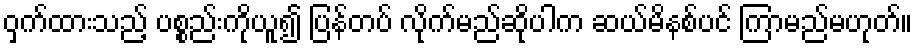
ဝှက်ထားသည့် ပစ္စည်းကိုယူ၍ ပြန်တပ် လိုက်မည်ဆိုပါက ဆယ်မိနစ်ပင် ကြာမည်မဟုတ်။